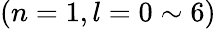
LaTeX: (n=1,l=0\sim 6)